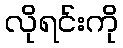
လိုရင်းကို